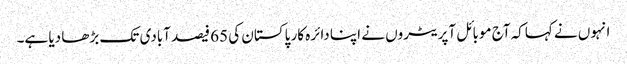
انہوں نے کہاکہ آج موبائل آپریٹروں نے اپنا دائرہ کار پاکستان کی 65 فیصد آبادی تک بڑھا دیا ہے۔